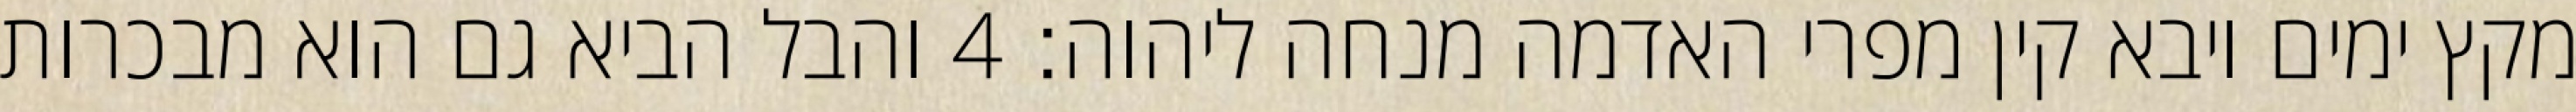
מקץ ימים ויבא קין מפרי האדמה מנחה ליהוה׃ ‎4‏ והבל הביא גם הוא מבכרות